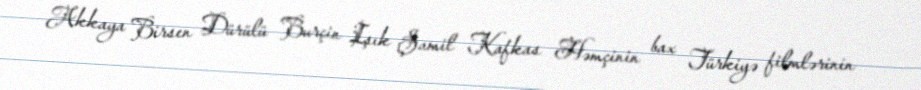
Akkaya Birsen Dürülü Burçin Işık Şamil Kafkas Həmçinin bax Türkiyə filmlərinin